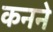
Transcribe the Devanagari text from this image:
कनने